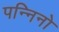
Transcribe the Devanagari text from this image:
पन्निनो